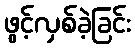
ဖွင့်လှစ်ခဲ့ခြင်း